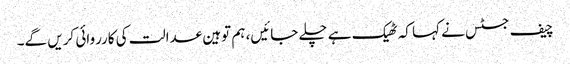
چیف جسٹس نے کہا کہ ٹھیک ہے چلے جائیں، ہم توہین عدالت کی کارروائی کریں گے۔